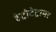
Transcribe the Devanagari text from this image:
हेट्रोटेट्रामर